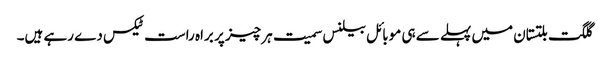
گلگت بلتستان میں پہلے سے ہی موبائل بیلنس سمیت ہر چیز پر براہ راست ٹیکس دے رہے ہیں۔